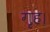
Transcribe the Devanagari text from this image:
गृह।